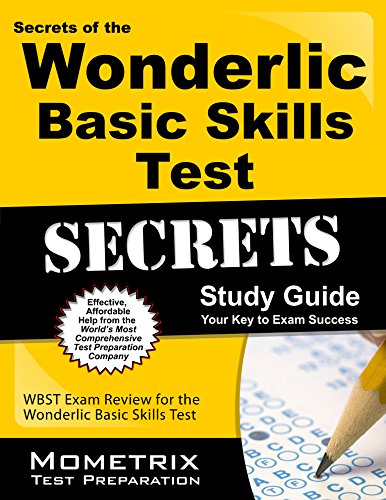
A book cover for Secrets of the Wonderlic Basic Skills Test Study Guide: WBST Exam Review for the Wonderlic Basic Skills Test; Wonderlic Exam Secrets Test Prep Team; Test Preparation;